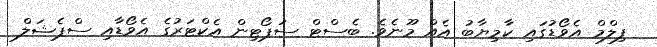
ފިލްމް އެވޯޑުގައި ކާމިޔާބު އެއް މޫނެވެ. ބެސްޓް ސަޕޯޓިން އެކްޓަރުގެ އެވޯޑާއި ސްޕެޝަލް